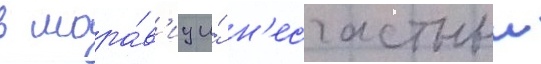
в мора́в'иу и́ н'есчастныи